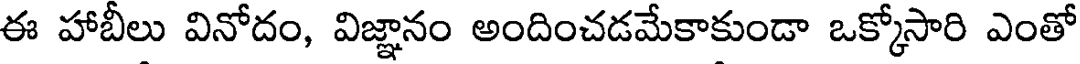
ఈ హాబీలు వినోదం, విజ్ఞానం అందించడమేకాకుండా ఒక్కోసారి ఎంతో